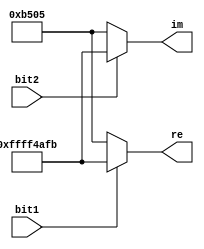
module mapper (bit1, bit2, re, im);
   input bit1, bit2;
   output signed [31:0] re;
   output signed [31:0] im;
   //commented out "wire bit," seems unsued
   //   wire bit;
   reg signed [31:0]    rer;
   reg signed [31:0]    imr;

   wire signed [31:0]   re;
   wire signed [31:0]   im;

   always @(*) begin
      if (bit1 == 0) begin
         rer = 32'd46341;
      end
      else begin
         rer = -32'd46341;
      end
      if (bit2 == 0) begin
         imr = 32'd46341;
      end
      else begin
         imr = -32'd46341;
      end
   end

   assign re = rer;
   assign im = imr;
endmodule